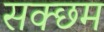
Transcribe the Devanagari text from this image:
सक्छम